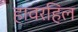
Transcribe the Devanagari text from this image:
हावरहिल